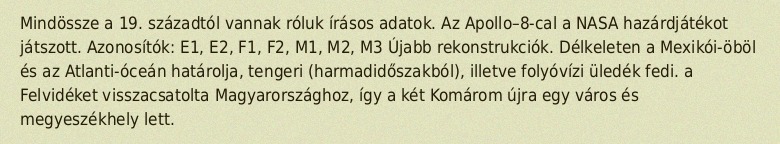
Mindössze a 19. századtól vannak róluk írásos adatok. Az Apollo–8-cal a NASA hazárdjátékot játszott. Azonosítók: E1, E2, F1, F2, M1, M2, M3 Újabb rekonstrukciók. Délkeleten a Mexikói-öböl és az Atlanti-óceán határolja, tengeri (harmadidőszakból), illetve folyóvízi üledék fedi. a Felvidéket visszacsatolta Magyarországhoz, így a két Komárom újra egy város és megyeszékhely lett.